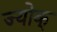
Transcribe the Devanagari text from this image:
ज्योक्